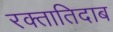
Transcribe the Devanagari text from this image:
रक्तातिदाब